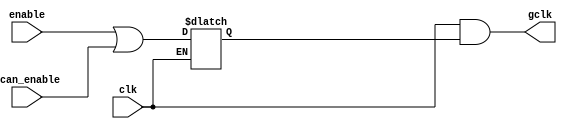
//----------------------------------------------------------------------------
// Copyright (C) 2009 , Olivier Girard
//
// Redistribution and use in source and binary forms, with or without
// modification, are permitted provided that the following conditions
// are met:
//     * Redistributions of source code must retain the above copyright
//       notice, this list of conditions and the following disclaimer.
//     * Redistributions in binary form must reproduce the above copyright
//       notice, this list of conditions and the following disclaimer in the
//       documentation and/or other materials provided with the distribution.
//     * Neither the name of the authors nor the names of its contributors
//       may be used to endorse or promote products derived from this software
//       without specific prior written permission.
//
// THIS SOFTWARE IS PROVIDED BY THE COPYRIGHT HOLDERS AND CONTRIBUTORS "AS IS"
// AND ANY EXPRESS OR IMPLIED WARRANTIES, INCLUDING, BUT NOT LIMITED TO, THE
// IMPLIED WARRANTIES OF MERCHANTABILITY AND FITNESS FOR A PARTICULAR PURPOSE
// ARE DISCLAIMED. IN NO EVENT SHALL THE COPYRIGHT HOLDER OR CONTRIBUTORS BE
// LIABLE FOR ANY DIRECT, INDIRECT, INCIDENTAL, SPECIAL, EXEMPLARY,
// OR CONSEQUENTIAL DAMAGES (INCLUDING, BUT NOT LIMITED TO, PROCUREMENT OF
// SUBSTITUTE GOODS OR SERVICES; LOSS OF USE, DATA, OR PROFITS; OR BUSINESS
// INTERRUPTION) HOWEVER CAUSED AND ON ANY THEORY OF LIABILITY, WHETHER IN
// CONTRACT, STRICT LIABILITY, OR TORT (INCLUDING NEGLIGENCE OR OTHERWISE)
// ARISING IN ANY WAY OUT OF THE USE OF THIS SOFTWARE, EVEN IF ADVISED OF
// THE POSSIBILITY OF SUCH DAMAGE
//
//----------------------------------------------------------------------------
//
// *File Name: omsp_clock_gate.v
//
// *Module Description:
//                       Generic clock gate cell for the openMSP430
//
// *Author(s):
//              - Olivier Girard,    olgirard@gmail.com
//
//----------------------------------------------------------------------------
// $Rev: 103 $
// $LastChangedBy: olivier.girard $
// $LastChangedDate: 2011-03-05 15:44:48 +0100 (Sat, 05 Mar 2011) $
//----------------------------------------------------------------------------

module  omsp_clock_gate (

// OUTPUTs
    gclk,                      // Gated clock

// INPUTs
    clk,                       // Clock
    enable,                    // Clock enable
    scan_enable                // Scan enable (active during scan shifting)
);

// OUTPUTs
//=========
output         gclk;           // Gated clock

// INPUTs
//=========
input          clk;            // Clock
input          enable;         // Clock enable
input          scan_enable;    // Scan enable (active during scan shifting)


//=============================================================================
// CLOCK GATE: LATCH + AND
//=============================================================================

// Enable clock gate during scan shift
// (the gate itself is checked with the scan capture cycle)
wire    enable_in =   (enable | scan_enable);

// LATCH the enable signal
reg     enable_latch;
always @(clk or enable_in)
  if (~clk)
    enable_latch <= enable_in;

// AND gate
assign  gclk      =  (clk & enable_latch);


endmodule // omsp_clock_gate